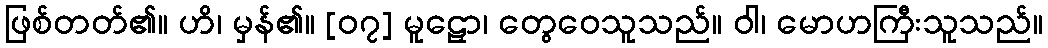
ဖြစ်တတ်၏။ ဟိ၊ မှန်၏။ [၀၇] မူဠှော၊ တွေဝေသူသည်။ ဝါ၊ မောဟကြီးသူသည်။